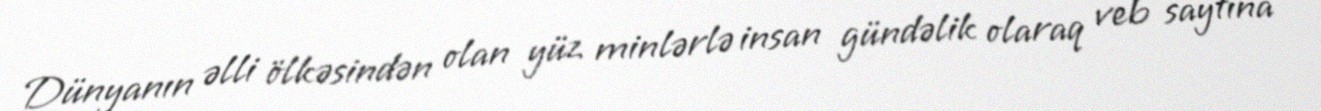
Dünyanın əlli ölkəsindən olan yüz minlərlə insan gündəlik olaraq veb saytına